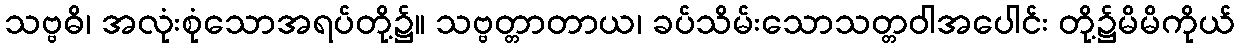
သဗ္ဗဓိ၊ အလုံးစုံသောအရပ်တို့၌။ သဗ္ဗတ္တာတာယ၊ ခပ်သိမ်းသောသတ္တဝါအပေါင်း တို့၌မိမိကိုယ်